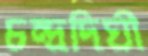
চন্দ্রদিঘী